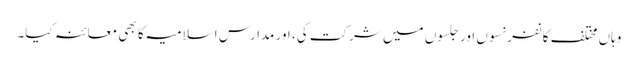
وہاں مختلف کانفرنسوں اور جلسوں میں شرکت کی، اور مدارس اسلامیہ کا بھی معائنہ کیا۔